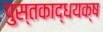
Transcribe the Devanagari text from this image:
पुस्तकाद्धयक्ष